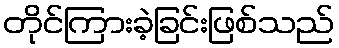
တိုင်ကြားခဲ့ခြင်းဖြစ်သည်